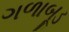
ગળાબૂડ